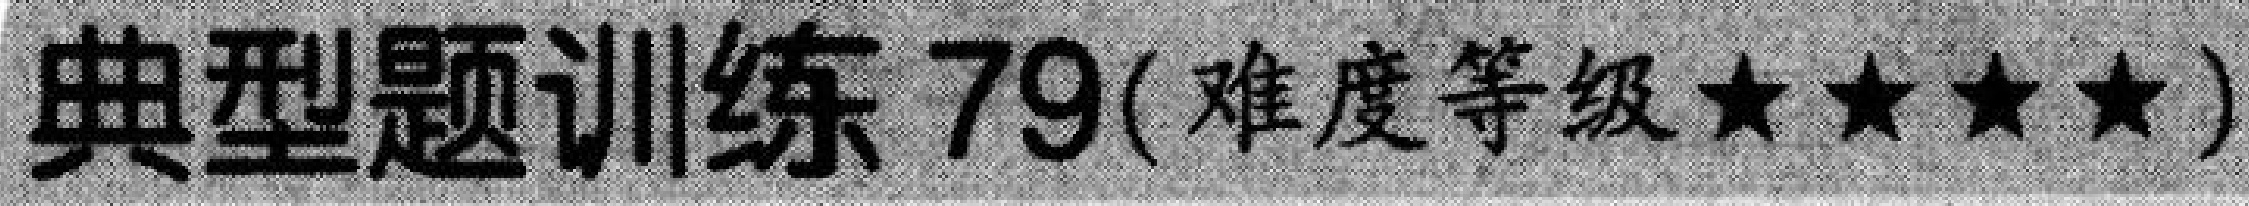
典型题训练 79(难度等级★★★★)